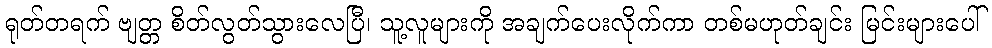
ရုတ်တရက် ဗျတ္တ စိတ်လွတ်သွားလေပြီ၊ သူ့လူများကို အချက်ပေးလိုက်ကာ တစ်မဟုတ်ချင်း မြင်းများပေါ်